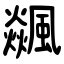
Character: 飊